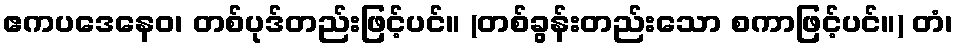
ဧကပဒေနေဝ၊ တစ်ပုဒ်တည်းဖြင့်ပင်။ (တစ်ခွန်းတည်းသော စကာဖြင့်ပင်။) တံ၊